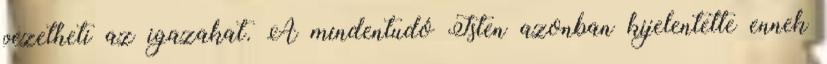
vezetheti az igazakat. A mindentudó Isten azonban kijelentette ennek